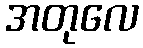
အတုလေ